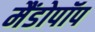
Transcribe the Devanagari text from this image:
मैंडोपॉप